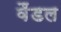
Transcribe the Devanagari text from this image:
वैंडल